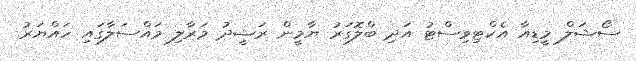
ސޯޝަލް މީޑިއާ އެކްޓިވިސްޓު އަދި ބްލޮގަރު ޔާމީން ރަޝީދު މަރާލި މައްސަލާގައި ހައްޔަރު